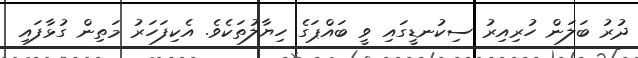
ދުރު ބަލަން ހުރިއިރު ސިކުނޑީގައި ވީ ބައްޕަގެ ހިޔާލުތަކެވެ. އެކިފަހަރު މަތިން ގުޅާފައި